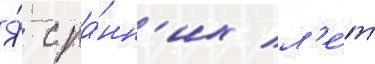
Я́ с ра́нн'их л'е́т